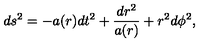
d s ^ { 2 } = - a ( r ) d t ^ { 2 } + \frac { d r ^ { 2 } } { a ( r ) } + r ^ { 2 } d \phi ^ { 2 } ,